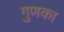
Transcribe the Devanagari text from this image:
गुणका